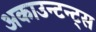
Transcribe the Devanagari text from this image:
अकाउन्टन्ट्स